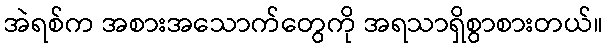
အဲရစ်က အစားအသောက်တွေကို အရသာရှိစွာစားတယ်။